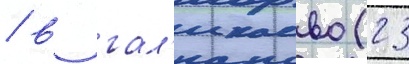
/ в гал'икаево (23